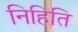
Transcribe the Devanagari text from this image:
निहिति